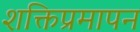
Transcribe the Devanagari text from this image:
शक्तिप्रमापन